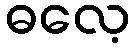
ဓလေ့